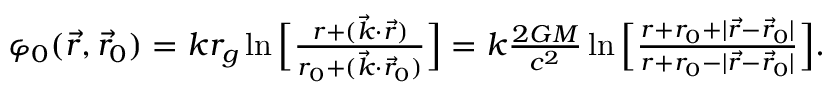
\begin{array} { r } { \varphi _ { 0 } ( \vec { r } , \vec { r } _ { 0 } ) = k r _ { g } \ln \Big [ \frac { r + ( \vec { k } \cdot \vec { r } ) } { r _ { 0 } + ( \vec { k } \cdot \vec { r } _ { 0 } ) } \Big ] = k \frac { 2 G M } { c ^ { 2 } } \ln \Big [ \frac { r + r _ { 0 } + | { \vec { r } } - { \vec { r } } _ { 0 } | } { r + r _ { 0 } - | { \vec { r } } - { \vec { r } } _ { 0 } | } \Big ] . } \end{array}